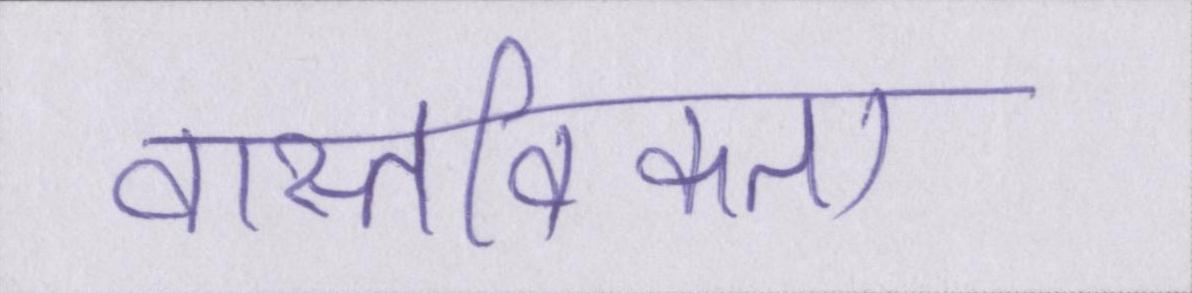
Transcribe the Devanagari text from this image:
वास्तविकता